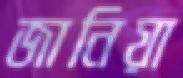
জানিয়া